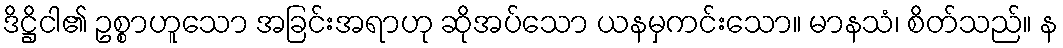
ဒိဋ္ဌိငါ၏ ဥစ္စာဟူသော အခြင်းအရာဟု ဆိုအပ်သော ယနမှကင်းသော။ မာနသံ၊ စိတ်သည်။ န